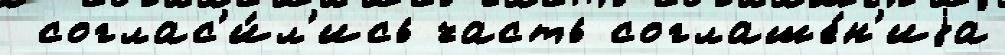
 соглас'и́л'ись часть соглаше́н'иjа